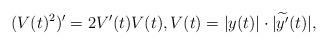
LaTeX: \begin{align*} (V(t)^2)'=2V'(t)V(t), V(t)=|y(t)|\cdot|\widetilde{y'}(t)|, \end{align*}